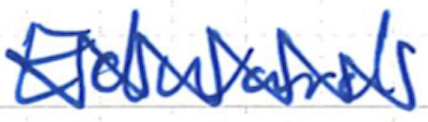
Text: Edward
Cross-out: zig-zag
Writing tool: ballpoint